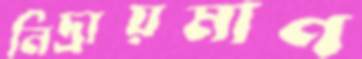
নিদ্রায়মাণ